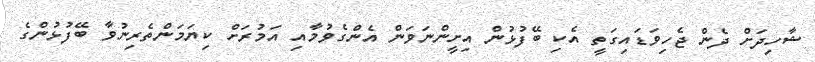
ޝާހިދަށް ދެން ޖެހިވަޑައިގަތީ އެކި ބޭފުޅުން އިށީންނަވަން އެންގެވުމާއި އަމުރަށް ކިޔަމަންތެރިނުވާ ބޭފުޅުންގެ